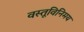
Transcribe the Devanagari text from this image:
वस्तूविनिमय